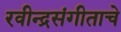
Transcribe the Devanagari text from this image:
रवीन्द्रसंगीताचे